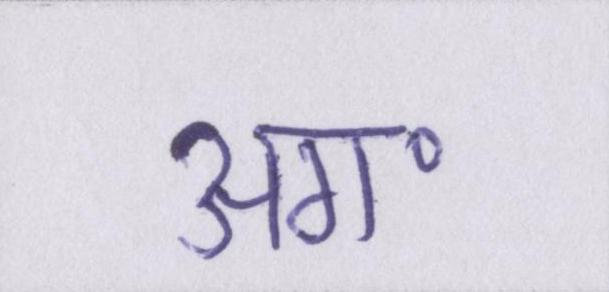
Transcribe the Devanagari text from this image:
अग॰